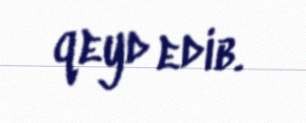
qeyd edib.